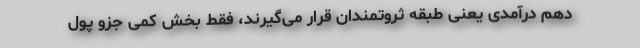
دهم درآمدی یعنی طبقه ثروتمندان قرار می‌گیرند، فقط بخش کمی جزو پول